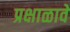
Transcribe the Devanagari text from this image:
प्रक्षाळावे